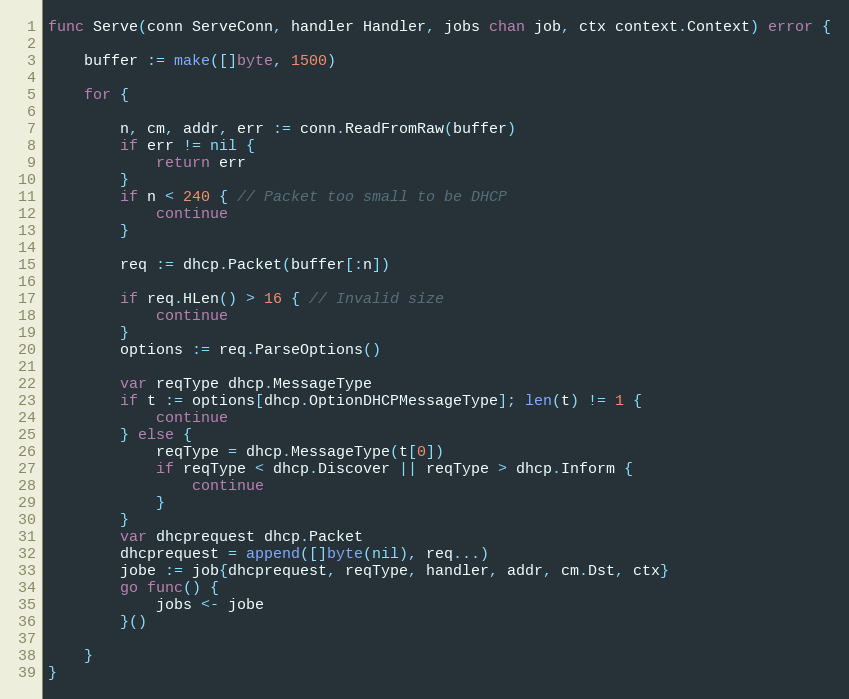
Language: Go
func Serve(conn ServeConn, handler Handler, jobs chan job, ctx context.Context) error {

	buffer := make([]byte, 1500)

	for {

		n, cm, addr, err := conn.ReadFromRaw(buffer)
		if err != nil {
			return err
		}
		if n < 240 { // Packet too small to be DHCP
			continue
		}

		req := dhcp.Packet(buffer[:n])

		if req.HLen() > 16 { // Invalid size
			continue
		}
		options := req.ParseOptions()

		var reqType dhcp.MessageType
		if t := options[dhcp.OptionDHCPMessageType]; len(t) != 1 {
			continue
		} else {
			reqType = dhcp.MessageType(t[0])
			if reqType < dhcp.Discover || reqType > dhcp.Inform {
				continue
			}
		}
		var dhcprequest dhcp.Packet
		dhcprequest = append([]byte(nil), req...)
		jobe := job{dhcprequest, reqType, handler, addr, cm.Dst, ctx}
		go func() {
			jobs <- jobe
		}()

	}
}